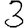
Digit: 3